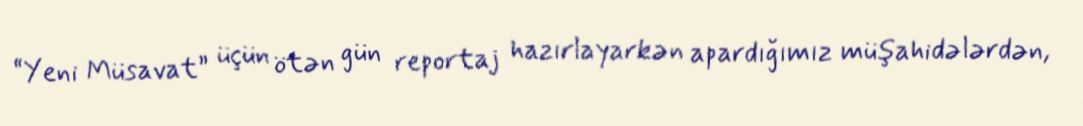
“Yeni Müsavat” üçün ötən gün reportaj hazırlayarkən apardığımız müşahidələrdən,